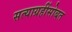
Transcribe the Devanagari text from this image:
सत्याग्रहींसोबत